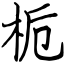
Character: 栀